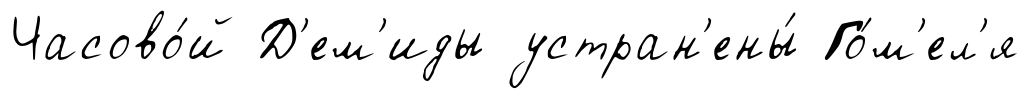
Часово́й Д'ем'иды устран'ены́ Го́м'ел'я